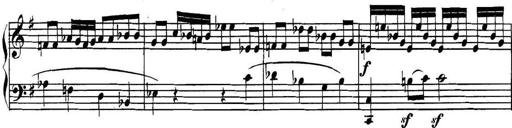
Title: Collected Piano Sonatas
Composer: Muzio Clementi